Vital statistics of India. Vol. IV, Annual returns from 1871 to 1876. British Army of India, Native Army and jails of Bengal
Year: 1871
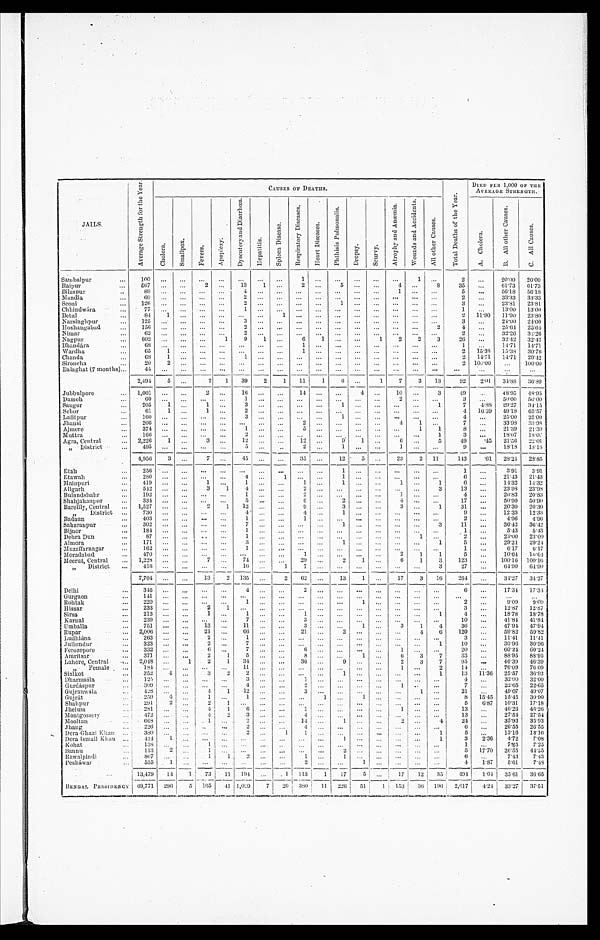
JAILS.
A v e r a g e S t r e n g t h f o r t h e Y e a r .
C A U S E S O F D E A T H S .
T o t a l D e a t h s o f t h e Y e a r .
D I E D P E R 1 , 0 0 0 O F T H E A V E R A G E S T R E N G T H .
C h o l e r a .
S m a l l p o x .
F e v e r s .
A p o p l e x y .
D y s e n t e r y a n d D i a r r h œ a .
H e p a t i t i s .
S p l e e n D i s e a s e s .
R e s p i r a t o r y D i s e a s e s .
H e a r t D i s e a s e s .
P h t h i s i s P u l m o n a l i s .
D r o p s y .
S c u r v y .
A t r o p h y a n d A n æ m i a .
W o u n d s a n d A c c i d e n t s .
A l l o t h e r C a u s e s .
A . C h o l e r a .
B . A l l o t h e r C a u s e s .
C . A l l C a u s e s .
Sambalpur
1 0 0
. . .
. . .
. . .
. . .
. . .
. . .
. . .
1 . . .
. . .
. . . .
. . .
. . .
1 . . .
2
. . .
2 0 · 0 0
2 0 · 0 0
Raipur
5 6 7
. . .
. . .
2 . . .
1 3
1 . . .
2 . . .
5 . . .
. . .
4 . . .
8
3 5 . . .
6 1 · 7 3
6 4 · 7 3
Bilaspur
8 9
. . .
. . .
. . .
. . .
4 . . .
. . .
. . .
. . .
. . .
. . .
. . . 1
. . .
. . .
5
. . .
5 6 · 1 8
5 6 · 1 8
Mandla
6 0 . . .
. . .
. . .
. . .
2
. . .
. . .
. . .
. . .
. . .
. . . . . .
. . .
. . . . . .
2
. . .
3 3 · 3 3
3 3 · 3 3
S e o n i
1 2 6
. . .
. . .
. . .
. . .
2 . . .
. . .
. . .
. . . 1
. . .
. . . . . .
. . .
. . .
3 . . .
2 3 · 8 1
2 3 · 8 1
Chhindwára
7 7
. . .
. . .
. . .
. . .
1
. . .
. . .
. . .
. . .
. . .
. . .
. . .
. . .
. . .
. . .
1
. . .
1 3 · 0 0
1 3 · 0 0
Betul
8 4 1
. . .
. . .
. . .
. . .
. . .
1
. . .
. . .
. . .
. . .
. . .
. . .
. . .
. . .
2 1 1 · 9 0
1 1 · 9 0
2 3 · 8 0
N a r s i n g h p u r
1 2 5
. . .
. . .
. . .
. . .
3
. . .
. . .
. . .
. . .
. . .
. . .
. . .
. . .
. . .
. . .
3
. . .
2 4 · 0 0
2 4 · 0 0
Hoshangabad
1 5 6
. . .
. . .
. . .
. . .
2 . . .
. . .
. . .
. . .
. . .
. . .
. . .
. . .
. . .
2
4
. . .
2 5 · 6 4
2 5 · 6 4
Nimar
6 2
. . .
. . .
. . .
. . .
2
. . .
. . .
. . .
. . .
. . .
. . .
. . .
. . .
. . .
. . .
2
. . .
3 2 · 2 6
3 2 · 2 6
N a g p u r
8 0 2
. . .
. . .
. . .
1
9
1 . . .
6 1
. . .
. . .
1
2
2
3 2 6
. . .
3 2 · 4 2
3 2 · 4 2
Bhandára
6 8
. . .
. . .
. . .
. . .
. . .
. . .
. . .
1
. . .
. . .
. . .
. . .
. . .
. . .
. . .
1
. . .
1 4 · 7 1
1 4 · 7 1
Wardha
6 5 1
. . .
. . .
. . .
. . .
. . .
. . .
1
. . .
. . .
. . .
. . .
. . .
. . .
. . .
2 1 5 · 3 8
1 5 · 3 8
3 0 · 7 6
Chanda
6 8 1
. . .
. . .
. . .
1
. . .
. . .
. . .
. . .
. . .
. . .
. . .
. . .
. . .
. . .
2 1 4 · 7 1
1 4 · 7 1
2 9 · 4 2
Sironcha
2 0
2 . . .
. . .
. . .
. . .
. . .
. . .
. . .
. . .
. . .
. . .
. . .
. . .
. . .
. . .
2 1 0 0 · 0 0
. . .
1 0 0 · 0 0
Bal aghat ( 7 mont hs )
4 4
. . .
. . .
. . .
. . .
. . .
. . .
. . .
. . .
. . .
. . .
. . .
. . .
. . .
. . .
. . .
. . .
. . .
. . .
. . .
2 , 4 9 4
5 . . .
2
1
3 9
2
1
1 1
1
6 . . .
1
7
3
1 3
9 2
2 · 0 1
3 4 · 8 8
3 6 · 8 0
Jubbulpore
1 , 0 0 1
. . .
. . . 2
. . .
1 6
. . .
. . . 1 4
. . .
. . .
4
. . .
1 0
. . . 3
4 9
. . .
4 8 · 9 5
4 8 · 9 5
Damoh
6 0
. . .
. . .
. . .
. . .
1
. . .
. . .
. . .
. . .
. . .
. . .
. . .
2
. . .
. . .
3
. . .
5 0 · 0 0
5 0 · 0 0
Saugor
2 0 5
1 . . .
1 . . . 3
. . .
. . .
. . .
. . .
1 . . .
. . .
. . .
. . .
1
7
4 · 8 8
2 9 · 2 7
3 4 · 1 5
Sehor
6 1
1 . . .
1 . . .
2 . . .
. . .
. . .
. . .
. . .
. . .
. . .
. . .
. . .
. . .
4 1 6 · 3 9
4 9 · 1 8
6 5 · 5 7
L a t i t p u r
1 6 0
. . .
. . .
. . .
. . .
3
. . .
. . .
. . .
. . .
1 . . .
. . .
. . .
. . .
. . .
4
. . .
2 5 · 0 0
2 5 · 0 0
Jhansi
2 0 6 . . .
. . .
. . .
. . .
. . .
. . .
. . .
2
. . .
. . .
. . .
. . .
4
1 . . .
7 . . .
3 3 · 9 8
3 3 · 9 8
Ajmere
3 7 4 . . .
. . .
. . .
. . .
1 . . .
. . .
5
. . .
. . .
. . .
. . .
. . .
1
1
8
. . .
2 1 · 3 9
2 1 · 3 9
M u t t r a
1 6 6
. . .
. . .
. . .
. . .
2
. . .
. . .
. . .
. . .
. . .
. . .
. . .
. . .
. . .
1
3
. . .
1 8 · 0 7
1 8 · 0 7
Agra, Cent ral
2 , 2 2 6
1 . . . 3
. . .
1 2
. . .
. . .
1 2
. . .
9
1 . . .
6 . . .
5
4 9
· 4 5
2 1 · 5 6
2 2 · 0 1
" D i s t r i c t
4 9 5
. . .
. . .
. . .
. . .
5 . . .
. . .
2 . . .
1 . . .
. . .
1
. . .
. . .
9
. . .
1 8 · 1 8
1 8 · 1 8
4 , 9 5 6
3 . . . 7
. . .
4 5
. . .
. . .
3 5
. . .
1 2
5 . . .
2 3 2
1 1
1 4 3
· 6 1
2 8 · 2 4
2 8 · 8 5
E t a h
2 5 6
. . .
. . .
. . .
. . .
. . .
. . .
. . .
. . .
. . .
1
. . .
. . .
. . .
. . .
. . .
1
. . . 3 · 9 1
3 · 9 1
E t a w a h
2 8 0
. . .
. . .
. . .
. . .
4 . . . 1
. . .
. . .
1
. . .
. . .
. . .
. . .
. . .
6
. . .
2 1 · 4 3
2 1 · 4 3
M a i n p u r i
4 1 9
. . .
. . .
1 . . .
1 . . .
. . .
1 . . . 1
. . .
. . .
1 . . .
1
6
. . .
1 4 · 3 2
1 4 · 3 2
A l i g a r h
5 4 2
. . .
. . .
3
1 4
. . .
. . .
2 . . .
. . .
. . .
. . .
. . .
. . .
4
1 3
. . .
2 3 · 9 8
2 3 · 9 8
B u l a n d s h a h r
1 9 2
. . .
. . .
. . .
. . .
1
. . .
. . .
2 . . .
. . .
. . .
. . . 1
. . .
3
4
. . .
2 0 · 8 3
2 0 · 8 3
S h a h j a h a n p u r
3 3 4
. . .
. . .
. . .
. . .
5
. . .
. . .
6 . . .
2 . . .
. . .
4 . . .
. . .
1 7
. . .
5 0 · 9 0
5 0 · 9 0
Bar ei l l y, Cent r al
1 , 5 2 7
. . .
. . .
2
1
1 2
. . .
. . .
9 . . . 3
. . .
. . .
3 . . .
1
3 1
. . .
2 0 · 3 0
2 0 · 3 0
" D i s t r i c t
7 3 0
. . .
. . .
. . .
. . . 4
. . .
. . .
4
. . .
1
. . .
. . .
. . .
. . .
. . .
9 . . .
1 2 · 3 3
1 2 · 3 3
B a d a u n
4 0 3
. . .
. . .
. . .
. . .
1
. . .
. . .
1
. . .
. . .
. . .
. . .
. . .
. . .
. . .
2
. . .
4 · 9 6
4 · 9 6
S a h a r a n p u r
3 0 2
. . .
. . .
. . .
. . .
7
. . .
. . .
. . .
. . .
1
. . .
. . .
. . .
. . .
3
1 1
. . .
3 6 · 4 2
3 6 · 4 2
B i j n o r
1 8 4
. . .
. . .
. . .
. . .
1
. . .
. . .
. . .
. . .
. . .
. . .
. . .
. . .
1
. . .
1
. . .
5 · 4 3
5 · 4 3
Dehra Dun
8 7
. . .
. . .
. . .
. . .
1
. . .
. . .
. . .
. . .
. . .
. . .
. . .
. . .
. . . . . .
2 . . .
2 3 · 0 0
2 3 · 0 0
A l m o r a
1 7 1
. . .
. . .
. . .
. . .
3 . . .
. . .
. . .
. . .
1
. . .
. . .
. . .
. . .
1 5
. . .
2 9 · 2 4
2 9 · 2 4
Muzaf f ar nagar
1 6 2
. . .
. . .
. . .
. . .
1 . . .
. . .
. . .
. . .
. . .
. . .
. . .
. . .
. . .
. . .
1
. . .
6 · 1 7
6 · 1 7
M o r a d a b a d
4 7 0
. . .
. . .
. . .
. . .
. . .
. . .
. . .
1 . . .
. . .
. . .
. . .
2
1
1 5
. . .
1 0 · 6 4
1 0 · 6 4
Meer ut Cent r al
1 , 2 2 8
. . .
. . . 7
. . .
7 4
. . .
. . .
2 9
. . .
2
1 . . .
6
1
3
1 2 3
. . .
1 0 0 · 1 6
1 0 0 · 1 6
" Di s t r i c t
4 1 6
. . .
. . .
. . .
. . .
1 6
. . .
1 7
. . .
. . .
. . .
. . .
. . .
. . .
3
2 7
. . .
6 4 · 9 0
6 4 · 9 0
7 , 7 0 4
. . .
. . .
1 3
2 1 3 5
. . .
2
6 2 . . .
1 3
1 . . .
1 7
3
1 6
2 6 4
. . .
3 4 · 2 7
3 4 · 2 7
D e l h i
3 4 6
. . .
. . .
. . .
. . .
4 . . .
. . . 2
. . .
. . .
. . .
. . .
. . .
. . .
. . .
6
. . . 1 7 · 3 4
1 7 · 3 4
G u r g a o n
1 4 1
. . .
. . .
. . .
. . .
. . .
. . .
. . .
. . .
. . .
. . .
. . .
. . .
. . .
. . .
. . .
. . . . . .
. . .
. . .
R o h t a k
2 2 0
. . .
. . .
. . .
. . .
1
. . .
. . .
. . .
. . .
. . .
. . .
. . .
. . .
. . .
. . .
2
. . .
9 · 0 9
9 · 0 9
H i s s a r
2 3 3
. . .
. . .
2 1
. . .
. . .
. . .
. . .
. . .
. . .
1
. . .
. . .
. . .
. . .
3
. . .
1 2 · 8 7
1 2 · 8 7
S i r s a
2 1 3
. . .
. . .
1 . . . 1
. . .
. . .
1
. . .
. . .
. . .
. . .
. . .
. . .
. . . 4
. . .
1 8 · 7 8
1 8 · 7 8
K a r n a l
2 3 9
. . .
. . .
. . .
. . .
7
. . .
. . .
3 . . .
. . .
. . .
. . .
. . .
. . .
. . .
1 0
. . .
4 1 · 8 4
4 1 · 8 4
U m b a l l a
7 5 1
. . .
. . .
1 3
. . . 1 1
. . .
. . .
3
. . .
. . .
1 . . .
3
1
4
3 6
. . .
4 7 · 9 4
4 7 · 9 4
Rupar
2 , 0 0 6
. . .
. . .
2 1
. . .
6 6
. . .
. . .
2 1
. . . 2
. . .
. . .
. . .
4
6
1 2 0 . . .
5 9 · 8 2
5 9 · 8 2
Ludhiána
2 6 3
. . .
. . . 2
. . .
1 . . .
. . .
. . .
. . .
. . .
. . .
. . .
. . .
. . .
. . . 3
. . .
1 1 · 4 1
1 1 · 4 1
J u l l u n d u r
3 2 3
. . .
. . .
2 . . . 7
. . .
. . .
. . .
. . .
. . .
. . .
. . .
. . .
. . .
1
1 0
. . .
3 0 · 9 6
3 0 · 9 6
F e r o z e p o r e
3 3 2
. . .
. . .
6 . . .
7 . . .
. . .
6 . . .
. . .
. . .
. . . 1
. . .
. . .
2 0
. . .
6 0 · 2 4
6 0 · 2 4
Amritsar
3 7 1 . . .
. . .
2
1 5
. . .
. . .
8
. . .
. . .
1 . . .
6
3
7
3 3
. . .
8 8 · 9 5
8 8 · 9 5
Lahor e, Cent r al
2 , 0 4 8
. . .
1
2
1 3 4
. . .
. . .
3 6
. . . 9
. . .
. . .
2
3
7
9 5
. . .
4 6 · 3 9
4 6 · 3 9
" F e m a l e
1 8 4
. . .
. . .
. . .
. . . 1 1
. . .
. . .
. . .
. . .
. . .
. . .
. . .
1 . . .
2
1 4
. . .
7 6 · 0 9
7 6 · 0 9
Sialkot
3 5 2
4 . . .
3
2
2 . . .
. . .
. . .
. . .
1 . . .
. . .
. . .
. . .
1
1 3 1 1 · 3 6
2 5 · 5 7
3 6 · 9 3
Dharmsála
1 2 5
. . .
. . .
. . .
. . . 3
. . .
. . .
1
. . .
. . .
. . .
. . .
. . .
. . .
. . .
4
. . .
3 2 · 0 0
3 2 · 0 0
G u r d á s p u r
3 0 9
. . .
. . .
. . .
. . .
4
. . .
. . .
2 . . .
. . .
. . .
. . .
1 . . .
. . . 7
. . .
2 2 · 6 5
2 2 · 6 5
G u j r a n w á l a
4 2 8
. . .
. . .
4
1
1 2
. . .
. . . 3
. . .
. . .
. . .
. . .
. . .
1 . . .
2 1
. . .
4 9 · 0 7
4 9 · 0 7
Gujrát
2 5 9
4 . . .
1 . . . 1
. . .
. . .
. . .
1
. . .
1 . . .
. . .
. . .
. . .
8 1 5 · 4 5
1 5 · 4 5
3 0 · 9 0
Shahpur
2 9 1
2 . . .
2 1
. . .
. . .
. . .
. . .
. . .
. . .
. . .
. . .
. . .
. . .
. . .
5
6 · 8 7
1 0 · 3 1
1 7 · 1 8
Jhelum
2 8 1
. . .
. . .
4
1
6 . . .
. . .
1 . . .
. . .
. . .
. . . 1
. . .
. . .
1 3
. . .
4 6 · 2 6
4 6 · 2 6
M o n t g o m e r y
4 7 2
. . .
. . .
4
2
3 . . .
. . . 4
. . .
. . .
. . .
. . .
. . .
. . .
. . .
1 3
. . .
2 7 · 5 4
2 7 · 5 4
M o o l t a n
6 6 8
. . .
. . .
1
. . .
2
. . .
. . .
1 4 . . .
1
. . .
. . .
2 . . .
4 2 4
. . .
3 5 · 9 3
3 5 · 9 3
Ihang
2 2 6
. . .
. . .
. . .
. . . 2
. . .
. . .
4
. . .
. . .
. . .
. . .
. . .
. . .
. . .
6
. . .
2 6 · 5 5
2 6 · 5 5
De r a Cha z i Kha n
3 8 0
. . . . . .
. . .
. . .
2
. . .
1
1 . . .
. . .
. . .
. . .
. . .
. . .
1 5
. . .
1 3 · 1 6
1 3 · 1 6
De r a I s ma i l Kha n
4 2 4
1 . . .
. . .
. . .
. . .
. . .
. . .
. . .
. . . 1
. . .
. . .
. . .
. . .
1
3
2 · 3 6
4 · 7 2
7 · 0 8
Kohat
1 3 8
. . .
. . . 1
. . .
. . .
. . .
. . .
. . .
. . .
. . .
. . .
. . .
. . .
. . .
. . .
1
. . .
7 · 2 5
7 · 2 5
Bannu
1 1 3
2 . . .
1 . . .
. . .
. . .
. . .
. . .
. . . 2
. . .
. . .
. . .
. . .
. . .
5 1 7 · 7 0
2 6 · 5 5
4 4 · 2 5
Rawal pi ndI
8 0 7
. . .
. . .
1
1 2
. . .
. . .
1 . . . 1
. . .
. . .
. . .
. . .
. . .
6
. . .
7 · 4 3
7 · 4 3
P e s h á w a r
5 3 5
1
. . .
. . .
. . .
. . .
. . .
. . .
2
. . .
. . .
1 . . .
. . .
. . .
. . .
4
1 · 8 7
5 · 6 1
7 · 4 8
1 3 , 4 7 9
1 4
1 7 3
1 1
1 9 4
. . .
1 1 1 3
1
1 7
5 . . .
1 7
1 2 3 5
4 9 4 9 4 4
1 · 0 4
3 5 · 6 1
3 6 · 6 5
BENGAL PRES I DENCY
6 9 , 7 7 1
2 9 6 5
1 6 5
4 1 1 , 0 2
7
2 0 3 8 0
1 1
2 2 6
5 1 1
1 5 3
3 6 1 9 6
2 , 6 1 7 4 · 2 4
3 3 · 2 7
3 7 · 5 1